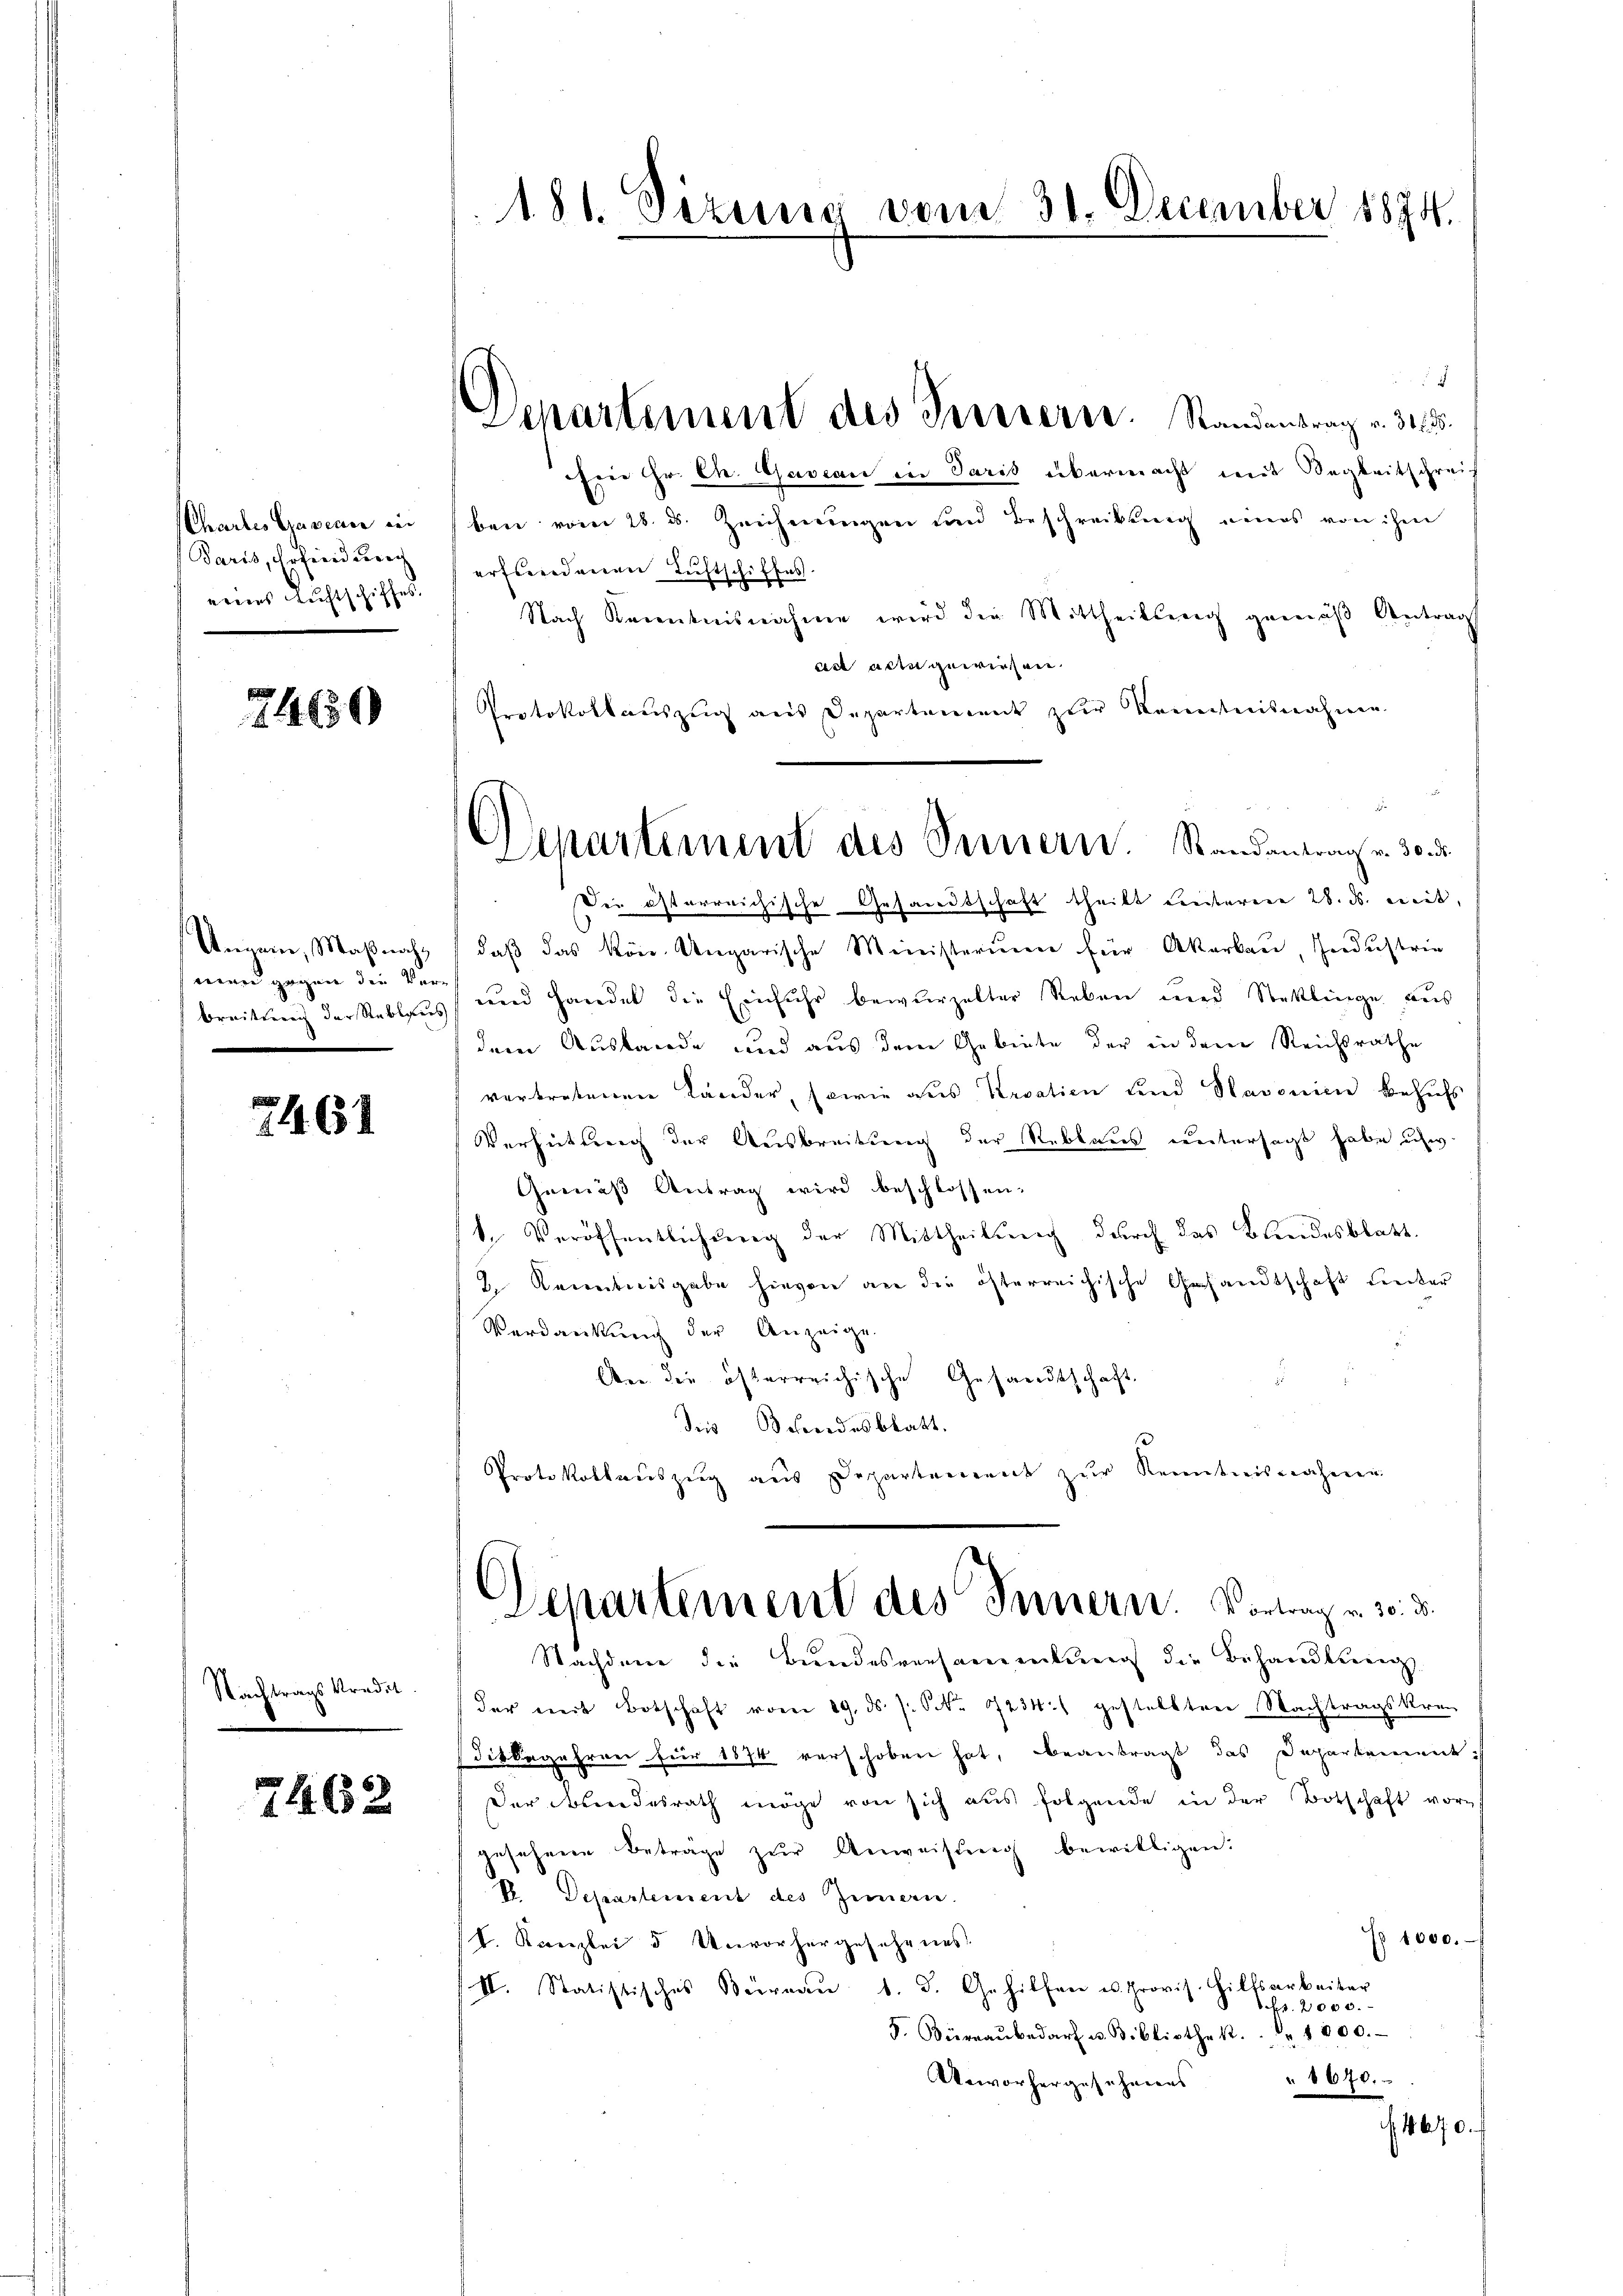
Chartes Gasern in
Baris, Erfried erach
eines Richtschiffes.

74650

Ungarn, Maßnahman gegen die Ver

261

Nachtragskredit.

7462

181. Sizung vom 31. December 1874.

Departement des Terriern. Randentrag v. 31635.

ben vom 28. ds. Zeichnungen und Beschreibung eines von ihm
erfundenen Luftschiffes.
Nach Kenntnisnahme wird die Mittheilung gemäβ Antrag
act arm gewiesen.
Protokollauszug aus Departement zur Kenntnisnahme
Die österreichische Gesandtschaft theilt unterere 28. ds. mit,
daβ das kön. Ungarische Ministerium für Akarbau, Industrie
breitung der Stellens und Handel die Einfuhr bewurzelter Rekon und Stoklinge aus
dem Auslande und aus dem Gebiete der in dem Reichsrathe
vertretenen Länder, sowie aus Kroatien und Havenien behufs
Verhüttung der Ausbreitung der Reblaus untersagt habe usw.
Gemäß Antrag wird beschlossen:
1. Veröffentlichung der Mittheilung durch das Bundesblatt
2 Kenntnisgabe hievon an die österreichische Gesandtschaft unter
Verdankung der Anzeige.
Aber die österreichische Gesandtschaft
des Besondesblatt.
Protokollauszug aus Departement zur Kenntnisnahmen

Ein Hr. Ch. Gaveau in Paris übermacht mit Segkeitschrei-

Departement des Seinern. Randantrag v. 30. d.

Departement des Innern. Vortrag u. 30. 35.
Nachdem die Bundesversammlung die Behandlung

der mit Botschaft vom 29. ds. s. Nr. 723. gestellten Nachtragskrei
ditbegehren für 1874 verschoben hat, beantragt das Departement:
Der Bundesrath möge von sich aus folgende in der Botschaft vor
gesehene Beträge zŭr Anweisŭng bewilligen:
R. Departement des Zimern.
° 1000.
(L. Kanzlei 5 Unvorhergesehenes.
II. Statistisches Büreau d. d. Gehilfen u. Provis. Hilfsarbeiter
Bs. 2000.
F. Büreaŭbedarf u. Bibliothek. " " 1000.
8640.
Anworhergesehenes
 4670.